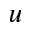
\boldsymbol { u }